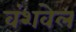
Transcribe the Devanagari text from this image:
वंशवेल